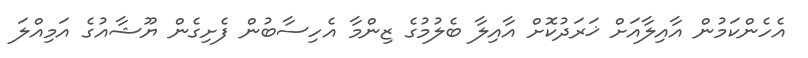
އެހެންކަމުން އާއިލާއަށް ޚަރަދުކޮށް އާއިލާ ބެލުމުގެ ޒިންމާ އެހިސާބުން ފެށިގެން ޔޫޝާއުގެ އަމިއްލަ